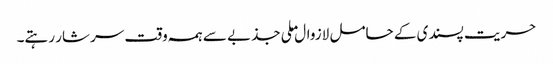
حریت پسندی کے حامل لازوال ملی جذبے سے ہمہ وقت سرشار رہتے۔